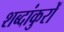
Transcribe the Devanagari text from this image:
शब्दांकुरों